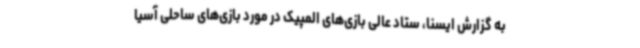
به گزارش ایسنا، ستاد عالی بازی‌های المپیک در مورد بازی‌های ساحلی آسیا